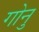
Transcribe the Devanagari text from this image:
गोनु